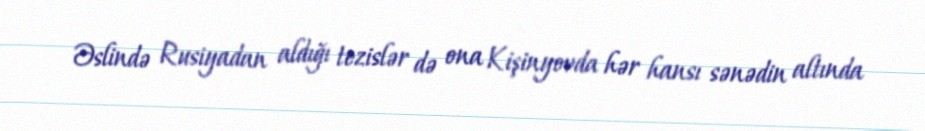
Əslində Rusiyadan aldığı tezislər də ona Kişinyovda hər hansı sənədin altında